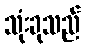
သုံးခုသည်